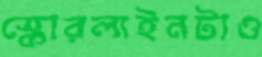
স্কোরলাইনটাও